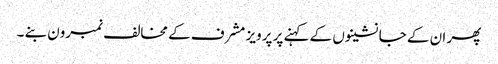
پھر ان کے جانشینوں کے کہنے پر پرویز مشرف کے مخالف نمبرون بنے ۔